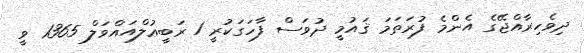
ދިވެހިރާއްޖޭގެ އެންމެ ފުރަތަމަ ޤައުމީ ދުވަސް ފާހަގަކުރީ 1 ރަބީޢުލްއައްވަލް 1365 ވީ